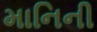
માનિની